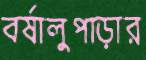
বর্ষালুপাড়ার